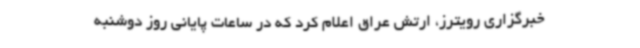
خبرگزاری رویترز، ارتش عراق اعلام کرد که در ساعات پایانی روز دوشنبه